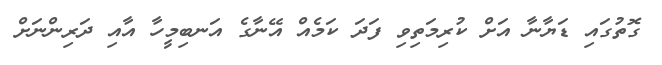
ގޮތުގައި ޑަޔާނާ އަށް ކުރިމަތިވި ފަދަ ކަމެއް އޭނާގެ އަނބިމީހާ އާއި ދަރިންނަށް